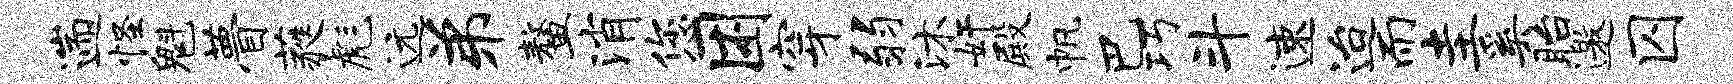
遄怪魁瞢蕤彪远弟鳌消您困穿弱沐奸殿帆巴巧斗速迨而圭奚眙邀囚